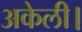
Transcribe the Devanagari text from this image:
अकेली।